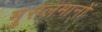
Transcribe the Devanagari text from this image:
मु्सलमानों